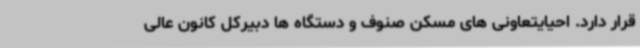
قرار دارد. احیایتعاونی های مسکن صنوف و دستگاه ها دبیرکل کانون عالی